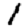
Digit: 1